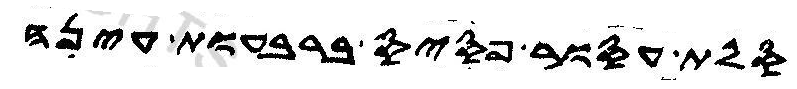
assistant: סלת עסור פסיס ברבעות עינה